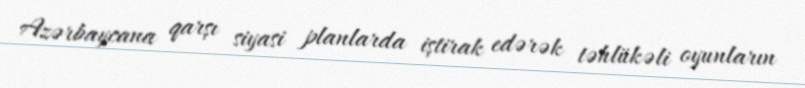
Azərbaycana qarşı siyasi planlarda iştirak edərək təhlükəli oyunların